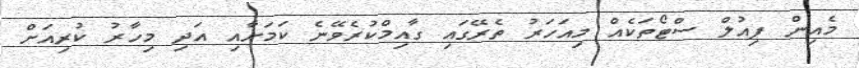
މެއިން ފިއުލް ސްޓޯތަކެއް މިއަހަރު ތެރޭގައި ގާއިމްކުރެވޭނެ ކަމަށާއި އަދި މިހާރު ކުރިއަށް